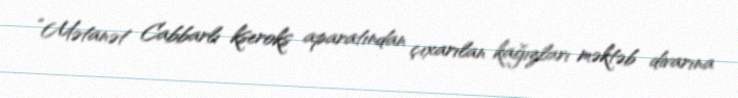
“Mətanət Cabbarlı kseroks aparatından çıxarılan kağızları məktəb divarına